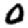
Digit: 0